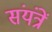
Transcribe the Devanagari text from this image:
संयंत्रें